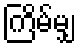
ကြိမ်မျှ